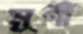
মুর্গী